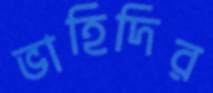
ভাহিদির